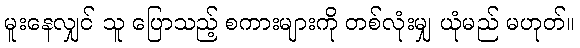
မူးနေလျှင် သူ ပြောသည့် စကားများကို တစ်လုံးမျှ ယုံမည် မဟုတ်။